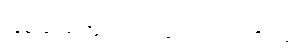
ဖြစ်သည့်အတွက် လူဝတ်လဲရသည်။